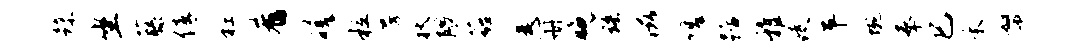
躁坐藤倩衽肴磋粒房狄隈蕤悉册晚珞滋嗟踞雅徒平蜿奉巳禾帑